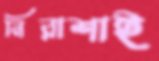
নিরাশাই